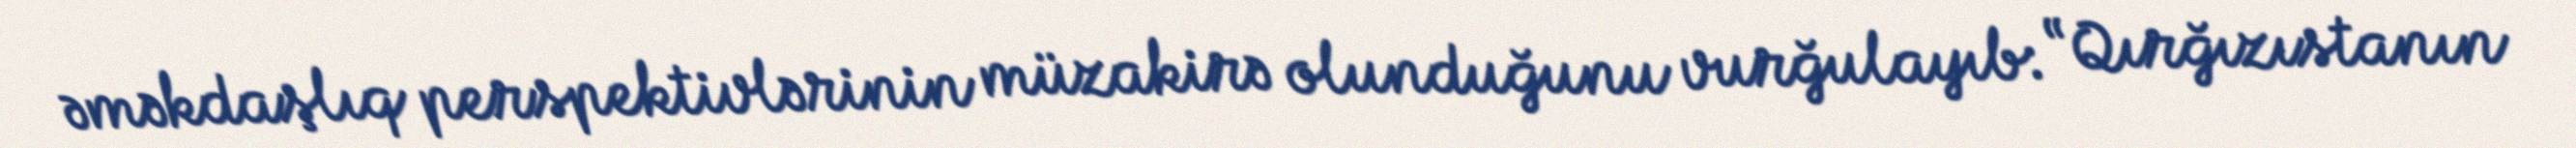
əməkdaşlıq perspektivlərinin müzakirə olunduğunu vurğulayıb: “Qırğızıstanın